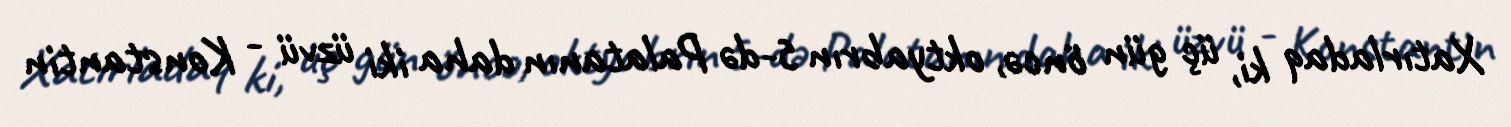
Xatırladaq ki, üç gün öncə, oktyabrın 5-də Palatanın daha iki üzvü - Konstantin